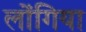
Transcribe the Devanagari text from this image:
लोंगिया